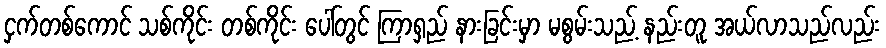
ငှက်တစ်ကောင် သစ်ကိုင်း တစ်ကိုင်း ပေါ်တွင် ကြာရှည် နားခြင်းမှာ မစွမ်းသည့် နည်းတူ အယ်လာသည်လည်း